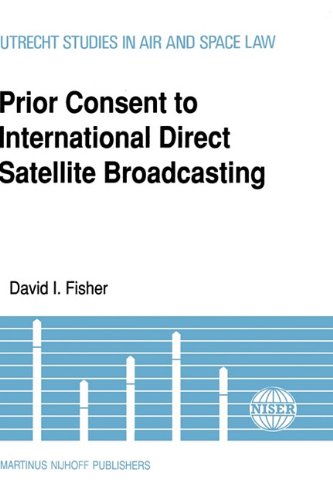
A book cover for Prior Consent To Intl Direct Satellite Broadcasting (Current Topics in Veterinary Medicine and Animal Science); David I. Fisher; Law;